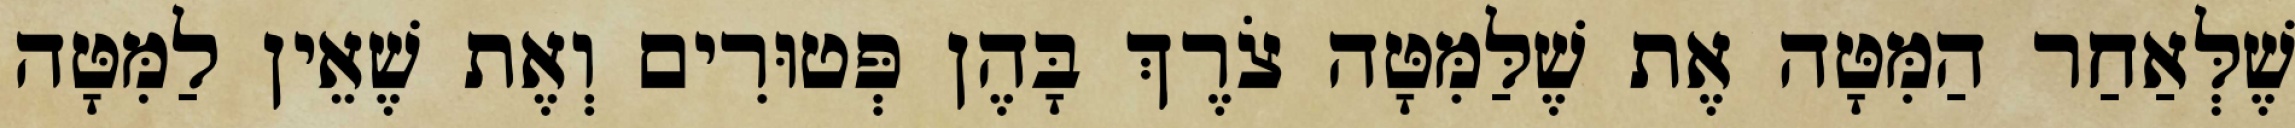
שֶׁלְּאַחַר הַמִּטָּה אֶת שֶׁלַּמִּטָּה צֹרֶךְ בָּהֶן פְּטוּרִים וְאֶת שֶׁאֵין לַמִּטָּה